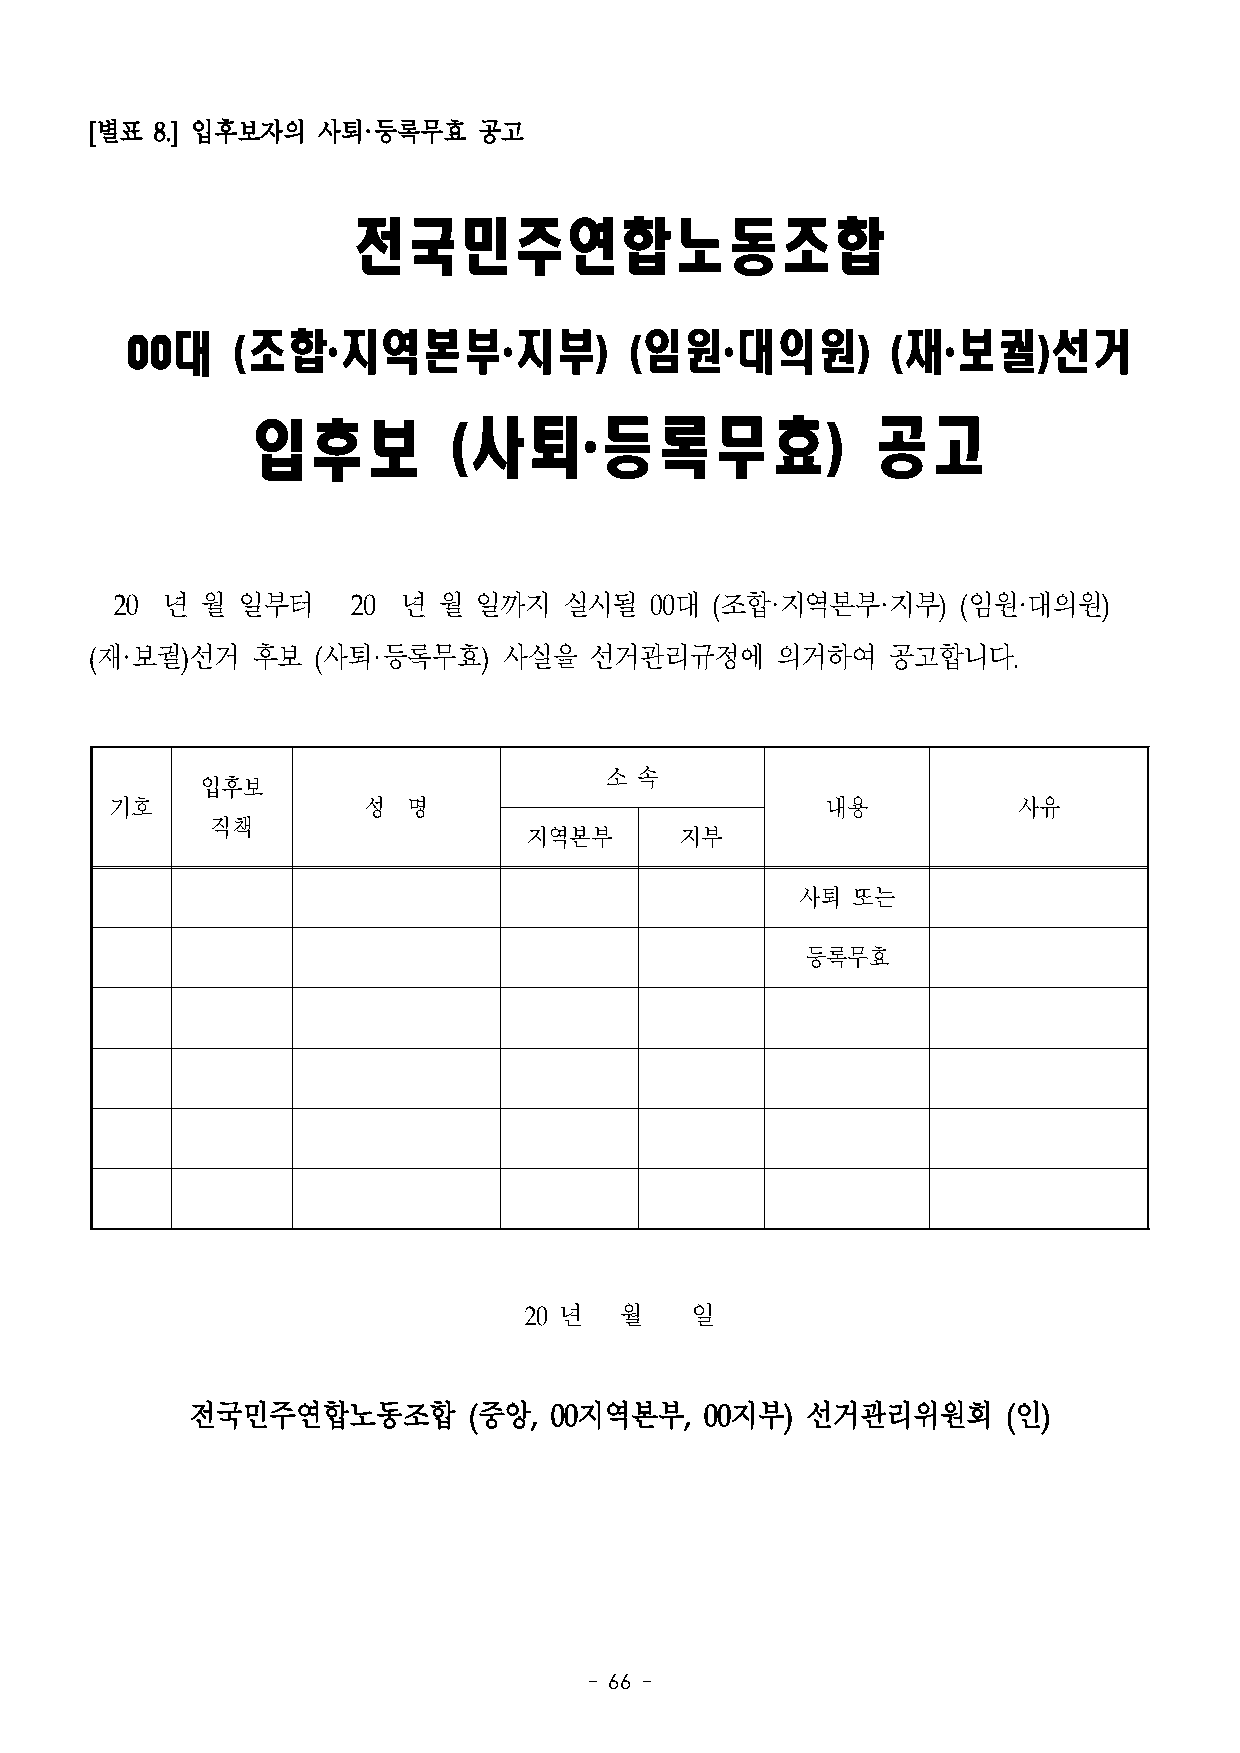
[별표 8.] 입후보자의  사퇴·등록무효    공고
 전국민주연합노동조합
 00대    (조합·지역본부·지부)               (임원·대의원)         (재·보궐)선거
 입후보          (사퇴·등록무효)                   공고
 20 년 월  일부터    20  년 월 일까지   실시될   00대 (조합·지역본부·지부)    (임원·대의원)
 (재·보궐)선거   후보  (사퇴·등록무효)   사실을   선거관리규정에     의거하여    공고합니다.
 소 속
 입후보
 기호               성  명                           내용          사유
 직책
 지역본부      지부
 사퇴 또는
 등록무효
 20 년  월    일
 전국민주연합노동조합         (중앙, 00지역본부,    00지부) 선거관리위원회       (인)
 - 66 -